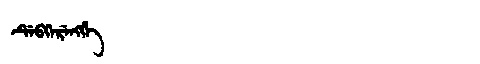
Manchu: ᡩᡝᠪᡴᡝᡵᡝᠩᡤᡝ
Romanization: DEBKERENGGE